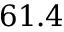
6 1 . 4